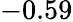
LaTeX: -0.59